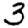
Digit: 3